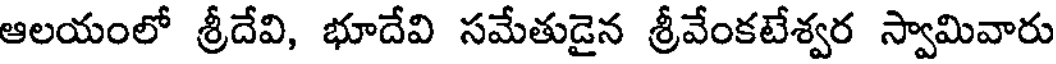
ఆలయంలో శ్రీదేవి, భూదేవి సమేతుడైన శ్రీవేంకటేశ్వర స్వామివారు